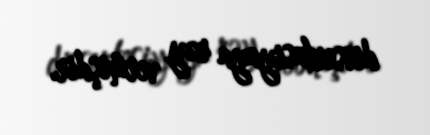
dissertasiyaya rəy vermişdir.